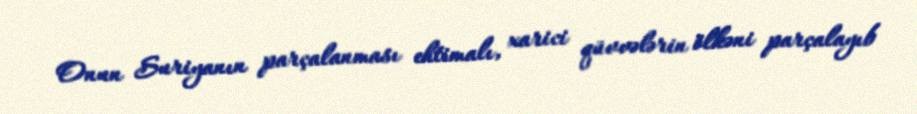
Onun Suriyanın parçalanması ehtimalı, xarici qüvvələrin ölkəni parçalayıb